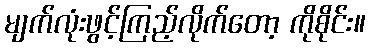
မျက်လုံးဖွင့်ကြည့်လိုက်တော့ ကိုစိုင်း။